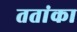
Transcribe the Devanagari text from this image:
ततांका